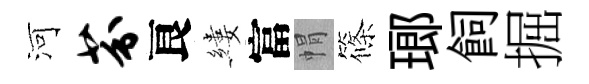
河芬良縷富㡌篠瑯飼掘